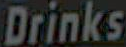
Drinks